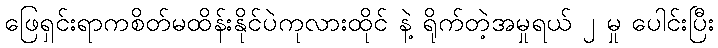
ဖြေရှင်းရာကစိတ်မထိန်းနိုင်ပဲကုလားထိုင် နဲ့ ရိုက်တဲ့အမှုရယ် ၂ မှု ပေါင်းပြီး